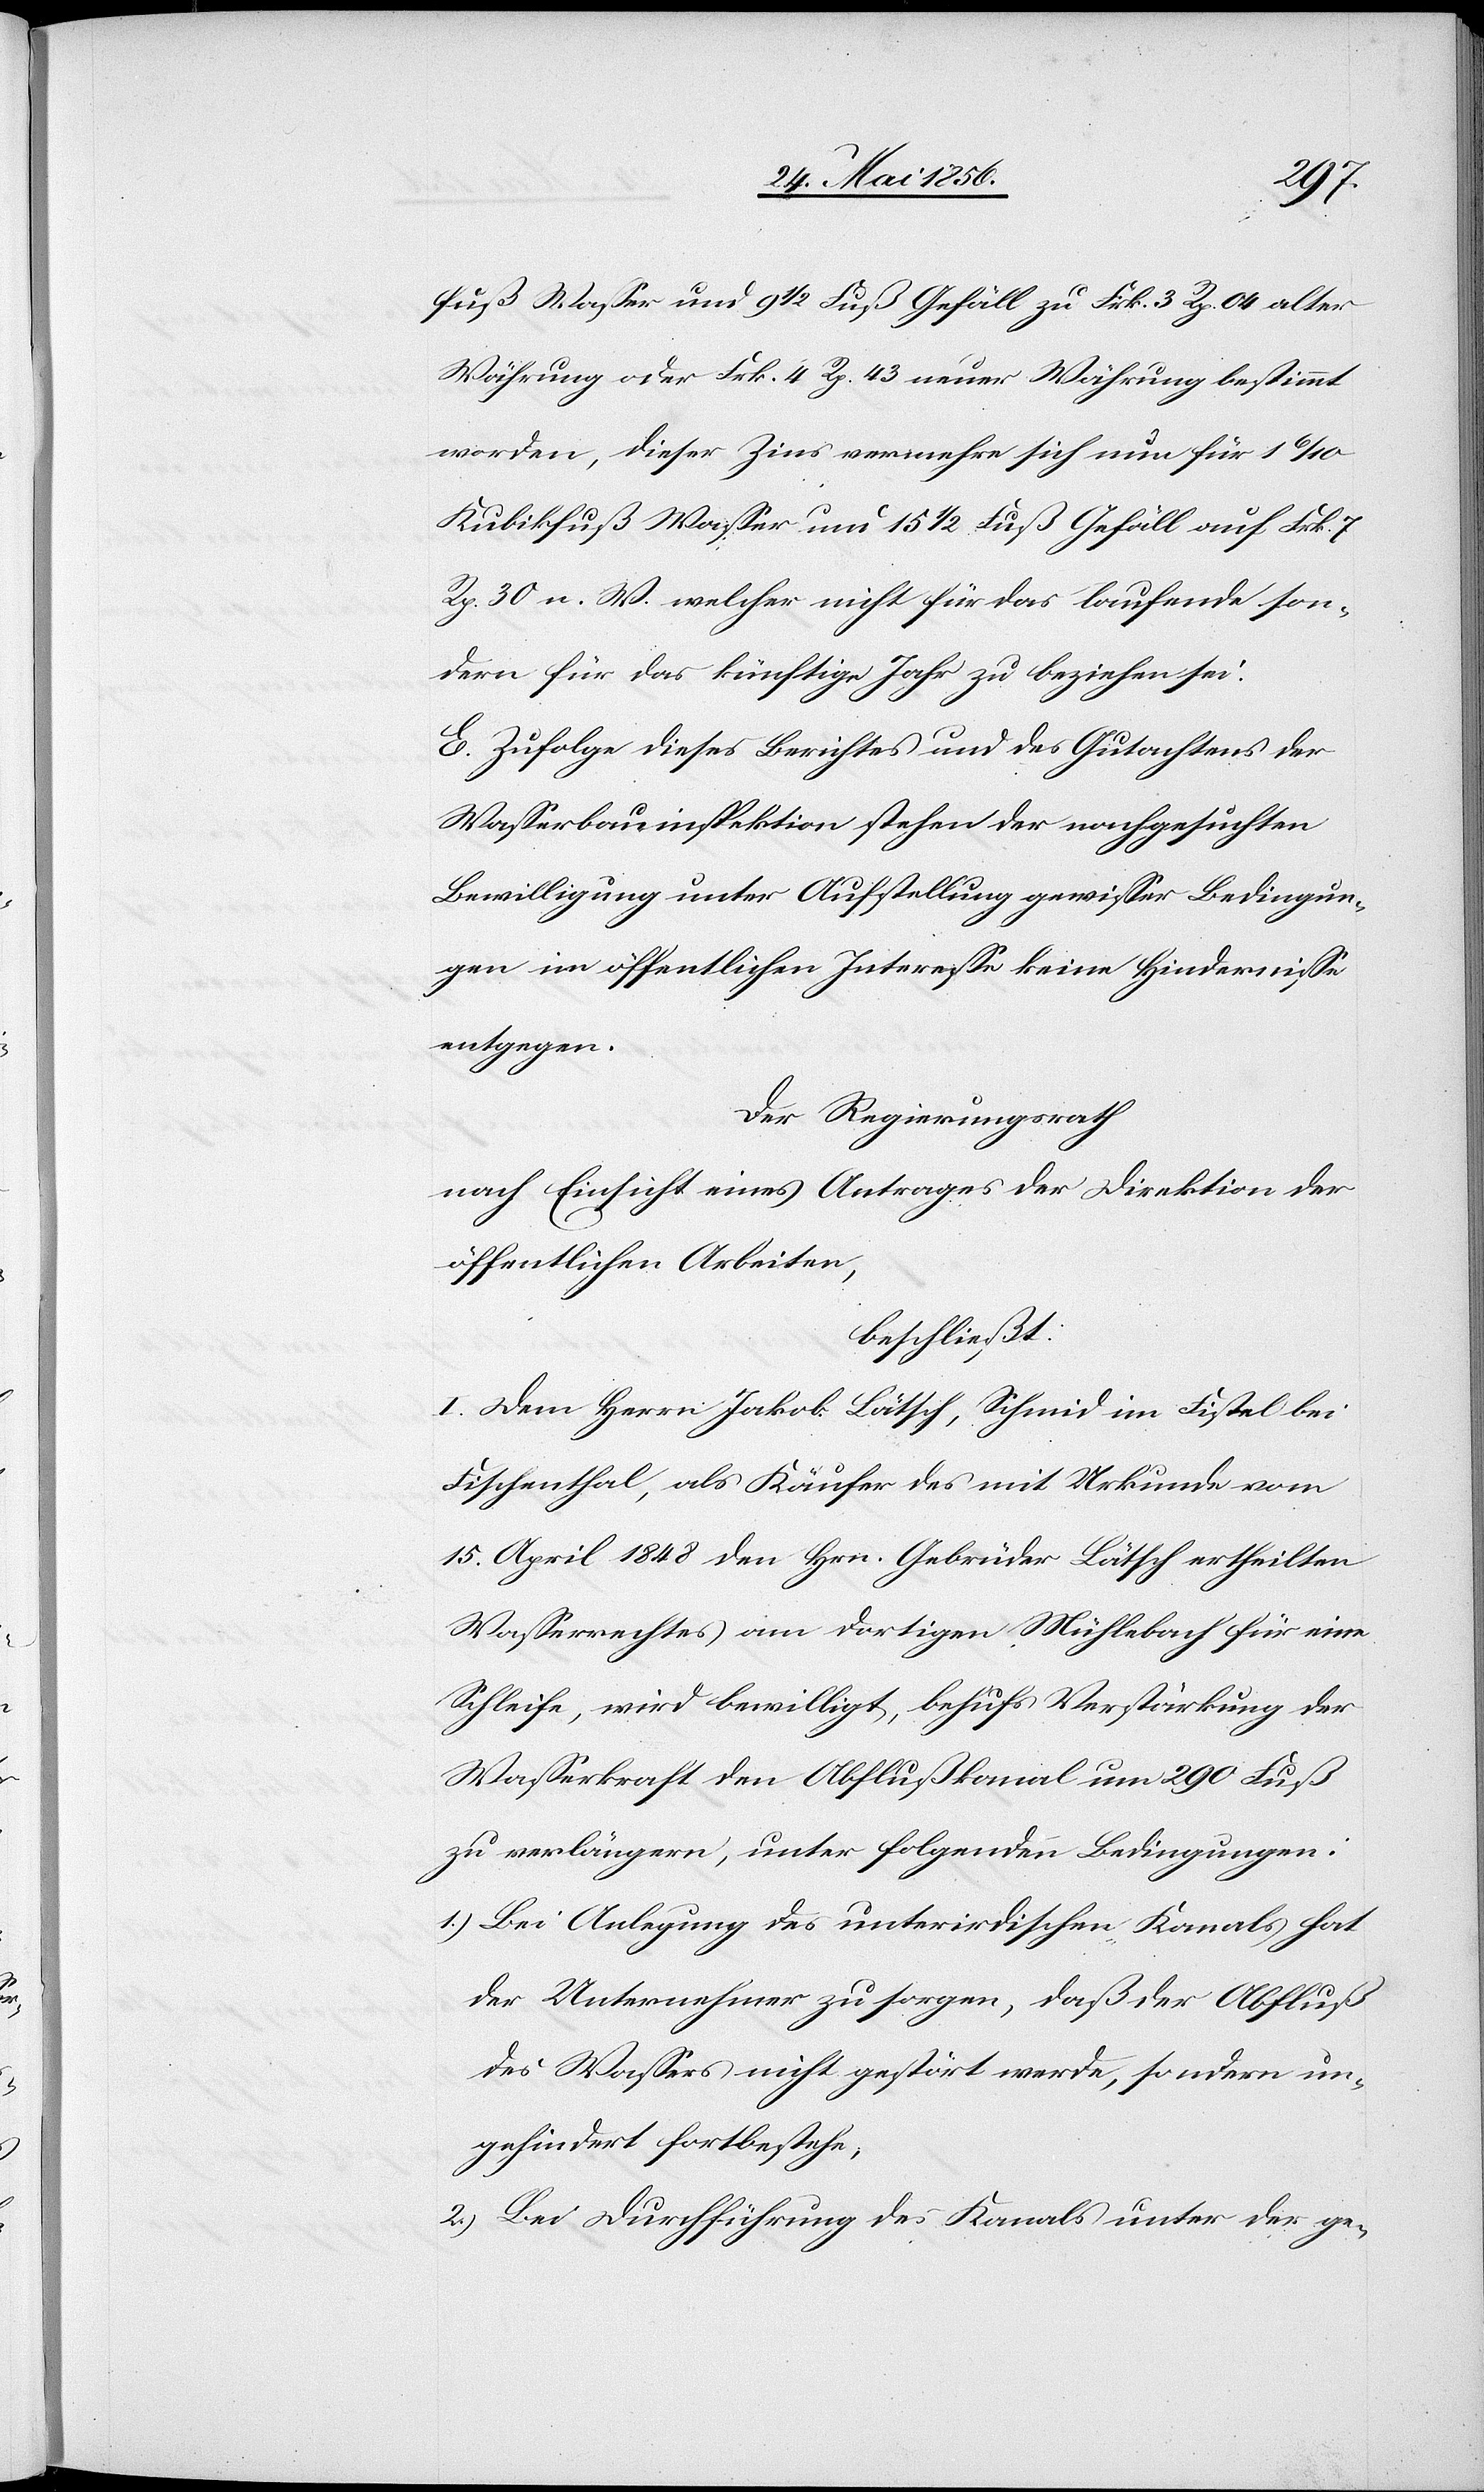
fuß Wasser und 9 ½ Fuß Gefäll zu Frk. 3 Rp. 04 alter
Währung oder Frk. 4 Rp. 43 neuer Währung bestimmt
worden, dieser Zins vermehre sich nun für 1
Kubikfuß Wasser um c 15 ½ Fuß Gefäll auf Frk. 7
Rp. 30 n. W. welcher nicht für das laufende son¬
dern für das künftige Jahr zu beziehen sei.
E. Zufolge dieses Berichtes und des Gutachtens der
Wasserbauinspektion stehen der nachgesuchten
Bewilligung unter Aufstellung gewisser Bedingun¬
gen im öffentlichen Interesse keine Hindernisse
entgegen.
Der Regierungsrath
nach Einsicht eines Antrages der Direktion der
öffentlichen Arbeiten,
beschließt:
I. Dem Herrn Jakob Lätsch, Schmid im Fistel bei
Fischenthal, als Käufer des mit Urkunde vom
15. April 1848 den Hrn. Gebrüder Lätsch ertheilten
Wasserrechtes am dortigen Mühlebach für eine
Schleife, wird bewilligt, behufs Verstärkung der
Wasserkraft den Abflußkanal um 290 Fuß
zu verlängern, unter folgenden Bedingungen:
1.) Bei Anlegung des unterirdischen Kanals hat
der Unternehmer zu sorgen, daß der Abfluß
des Wassers nicht gestört werde, sondern un¬
gehindert fortbestehe;
2.) Bei Durchführung des Kanals unter der ge-